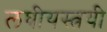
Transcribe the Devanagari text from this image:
लघीयस्त्रयी